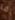
ما